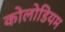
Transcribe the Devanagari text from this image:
कोलोडियम